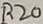
Text: R20